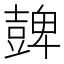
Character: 𧯿